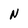
Character: N